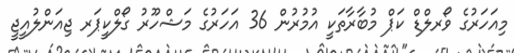
މިއަހަރުގެ ވޯރލްޑް ކަޕް މުބާރާތަކީ އުމުރުން 36 އަހަރުގެ މަޝްހޫރު ގޯލްކީޕަރ ޖިއަންލުއީޖީ